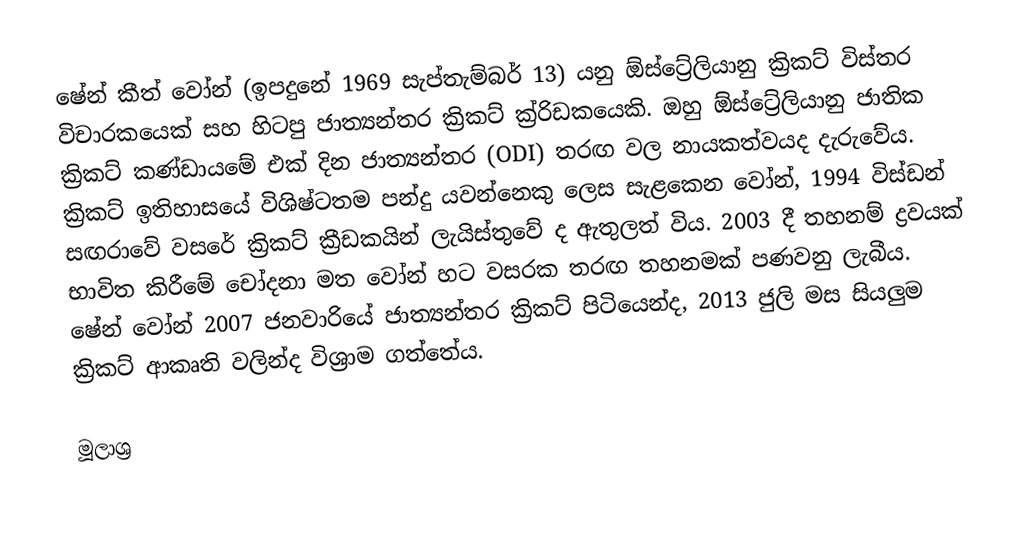
ෂේන් කීත් වෝන් (ඉපදුනේ 1969 සැප්තැම්බර් 13) යනු ඕස්ට්‍රේලියානු ක්‍රිකට් විස්තර විචාරකයෙක් සහ හිටපු ජාත්‍යන්තර ක්‍රිකට් ක්‍ර්‍රිඩකයෙකි. ඔහු ඕස්ට්‍රේලියානු ජාතික ක්‍රිකට් කණ්ඩායමේ එක් දින ජාත්‍යන්තර (ODI) තරඟ වල නායකත්වයද දැරුවේය. ක්‍රිකට් ඉතිහාසයේ විශිෂ්ටතම පන්දු යවන්නෙකු ලෙස සැළකෙන වෝන්, 1994 විස්ඩන් සඟරාවේ වසරේ ක්‍රිකට් ක්‍රීඩකයින් ලැයිස්තුවේ ද ඇතුලත් විය. 2003 දී තහනම් ද්‍රවයක් භාවිත කිරීමේ චෝදනා මත වෝන් හට වසරක තරඟ තහනමක් පණවනු ලැබීය. ෂේන් වෝන් 2007 ජනවාරියේ ජාත්‍යන්තර ක්‍රිකට් පිටියෙන්ද, 2013 ජුලි මස සියලුම ක්‍රිකට් ආකෘති වලින්ද විශ්‍රාම ගත්තේය.

මූලාශ්‍ර